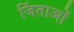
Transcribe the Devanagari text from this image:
जिंताओं